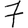
Digit: 7